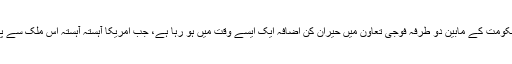
بھارت اور افغان حکومت کے مابین دو طرفہ فوجی تعاون میں حیران کن اضافہ ایک ایسے وقت میں ہو رہا ہے، جب امریکا آہستہ آہستہ اس ملک سے پیچھے ہٹ رہا ہے۔